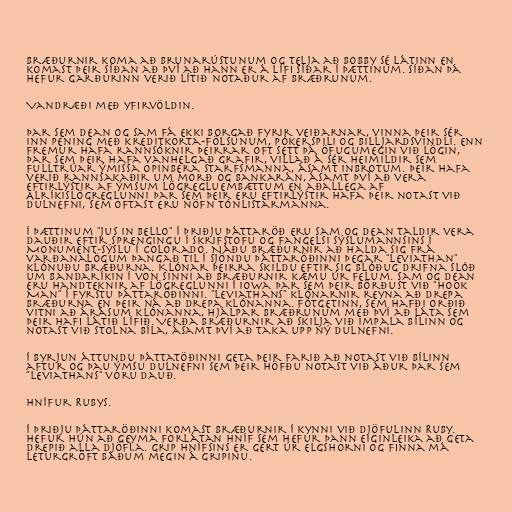
Bræðurnir koma að brunarústunum og telja að Bobby sé látinn en
komast þeir síðan að því að hann er á lífi síðar í þættinum. Síðan þá
hefur garðurinn verið lítið notaður af bræðrunum.

Vandræði með yfirvöldin.

Þar sem Dean og Sam fá ekki borgað fyrir veiðarnar, vinna þeir sér
inn pening með kreditkorta-fölsunum, pókerspili og billjardsvindli. Enn
fremur hafa rannsóknir þeirrar oft sett þá öfugumegin við lögin,
þar sem þeir hafa vanhelgað grafir, villað á sér heimildir sem
fulltrúar ýmissa opinbera starfsmanna, ásamt inbrotum. Þeir hafa
verið rannsakaðir um morð og bankarán, ásamt því að vera
eftirlýstir af ýmsum lögregluembættum en aðallega af
Alríkislögreglunni Þar sem þeir eru eftirlýstir hafa þeir notast við
dulnefni, sem oftast eru nöfn tónlistarmanna.

Í þættinum "Jus in Bello" í þriðju þáttaröð eru Sam og Dean taldir vera
dauðir eftir sprengingu í skrifstofu og fangelsi sýslumannsins í
Monument-sýslu í Colorado. Náðu bræðurnir að halda sig frá
varðanalögum þangað til í sjöndu þáttaröðinni þegar "Leviathan"
klónuðu bræðurna. Klónar þeirra skildu eftir sig blóðug drifna slóð
um Bandaríkin í von sinni að bræðurnir kæmu úr felum. Sam og Dean
eru handteknir af lögreglunni í Iowa þar sem þeir börðust við "Hook
Man" í fyrstu þáttaröðinni. "Leviathans" klónarnir reyna að drepa
bræðurna en þeir ná að drepa klónanna. Fótgetinn, sem hafði orðið
vitni að árásum klónanna, hjálpar bræðrunum með því að láta sem
þeir hafi látið lífið. Verða bræðurnir að skilja við Impala bílinn og
notast við stolna bíla, ásamt því að taka upp ný dulnefni.

Í byrjun áttundu þáttatöðinni geta þeir farið að notast við bílinn
aftur og þau ýmsu dulnefni sem þeir höfðu notast við áður þar sem
"Leviathans" voru dauð.

Hnífur Rubys.

Í þriðju þáttaröðinni komast bræðurnir í kynni við djöfulinn Ruby.
Hefur hún að geyma forlátan hníf sem hefur þann eiginleika að geta
drepið alla djöfla. Grip hnífsins er gert úr elgshorni og finna má
leturgröft báðum megin á gripinu.